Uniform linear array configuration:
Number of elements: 8
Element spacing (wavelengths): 0.75
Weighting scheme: hamming
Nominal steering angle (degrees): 30
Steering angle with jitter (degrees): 30.424
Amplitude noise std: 0.05
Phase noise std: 0.05

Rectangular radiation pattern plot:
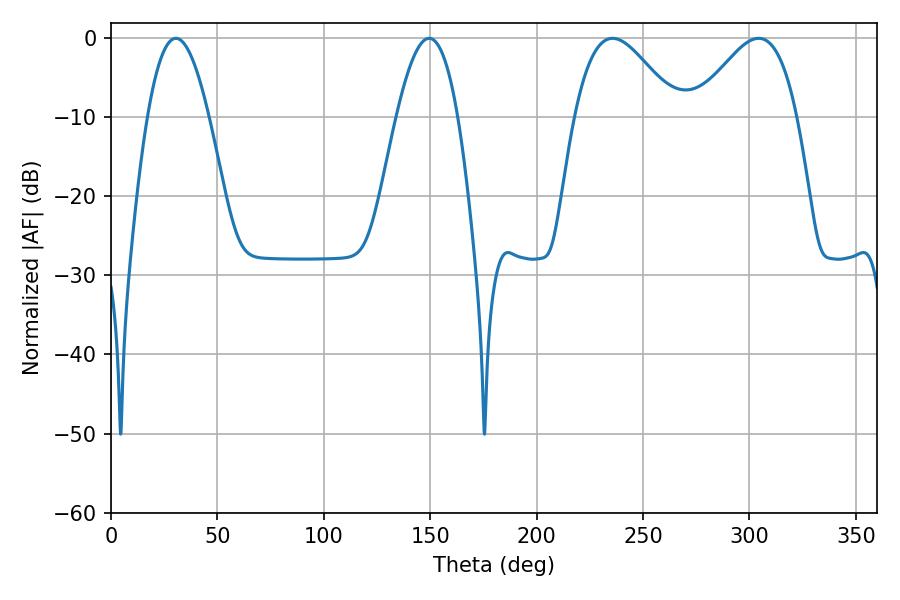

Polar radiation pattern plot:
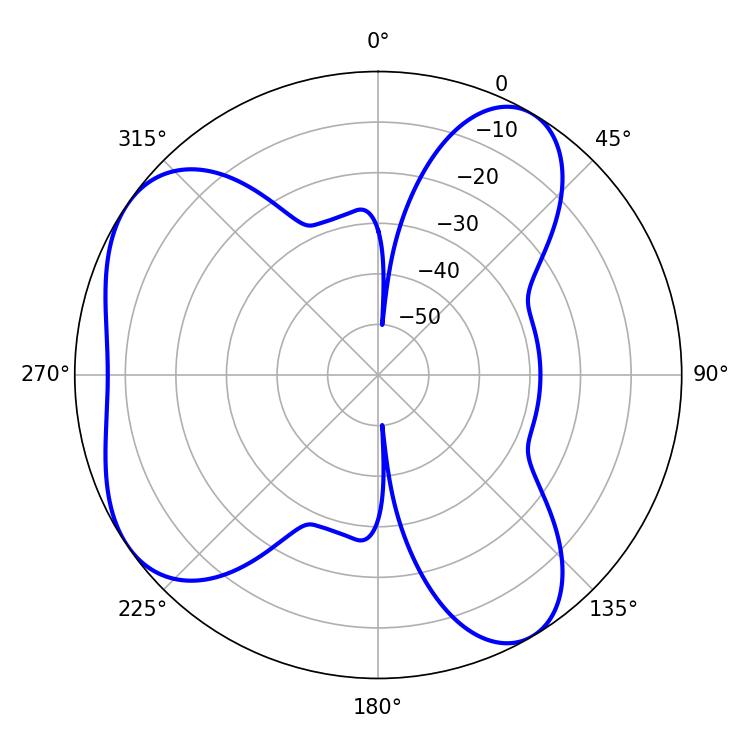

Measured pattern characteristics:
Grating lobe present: TRUE
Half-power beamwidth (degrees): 25.74
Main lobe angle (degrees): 235.62